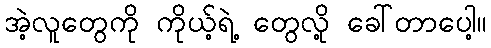
အဲ့လူတွေကို ကိုယ့်ရဲ့ တွေလို့ ခေါ်တာပေါ့။